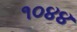
૧૦૪૪